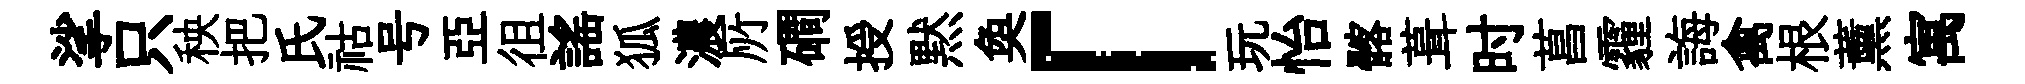
挲只秧把氏祜号亞徂謡狐濃𠩄磵授黙奐「玩怡髂葺时菖霾誨禽根薰寓